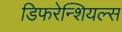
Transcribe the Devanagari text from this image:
डिफरेन्शियल्स